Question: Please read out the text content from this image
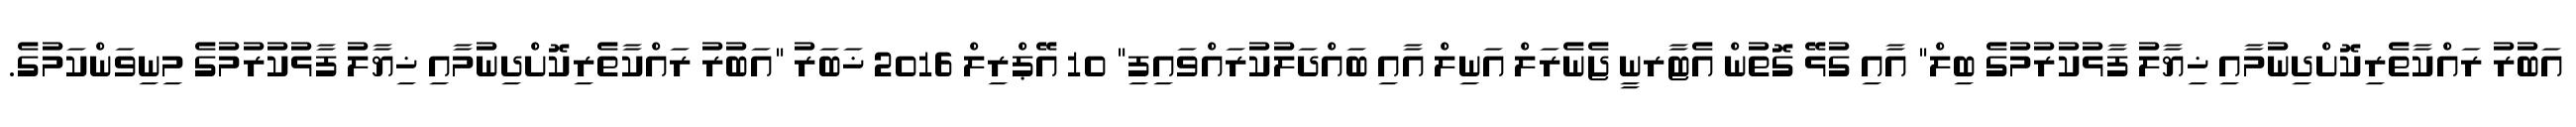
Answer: އަބުރު ރައްކާތެރިކޮށްދިނުމާއި ޚިޔާލު ފާޅުކުރުމުގެ ބިލް" އާއި ގުޅޭ ގޮތުން އެޓާރނީ ޖެނެރަލް އަނިލް އާއި ބައްދަލުކުރައްވައިފި" 10 އޭޕްރިލް 2016 ޚަބަރު "އަބުރު ރައްކާތެރިކޮށްދިނުމާއި ޚިޔާލު ފާޅުކުރުމުގެ މިނިވަންކަމުގެ.